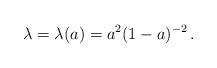
LaTeX: \begin{align*} \lambda = \lambda(a) = a^{2}(1-a)^{-2}\,.\end{align*}